Bréfritari: Soffía Daníelsdóttir
Viðtakandi: Jakobína Magnúsdóttir og Daníel Halldórsson
Dagsetning: A-1887-10-21
Skrifað á: Reykjavík  Gull.
Soffía var dóttir Jakobínu og Daníels

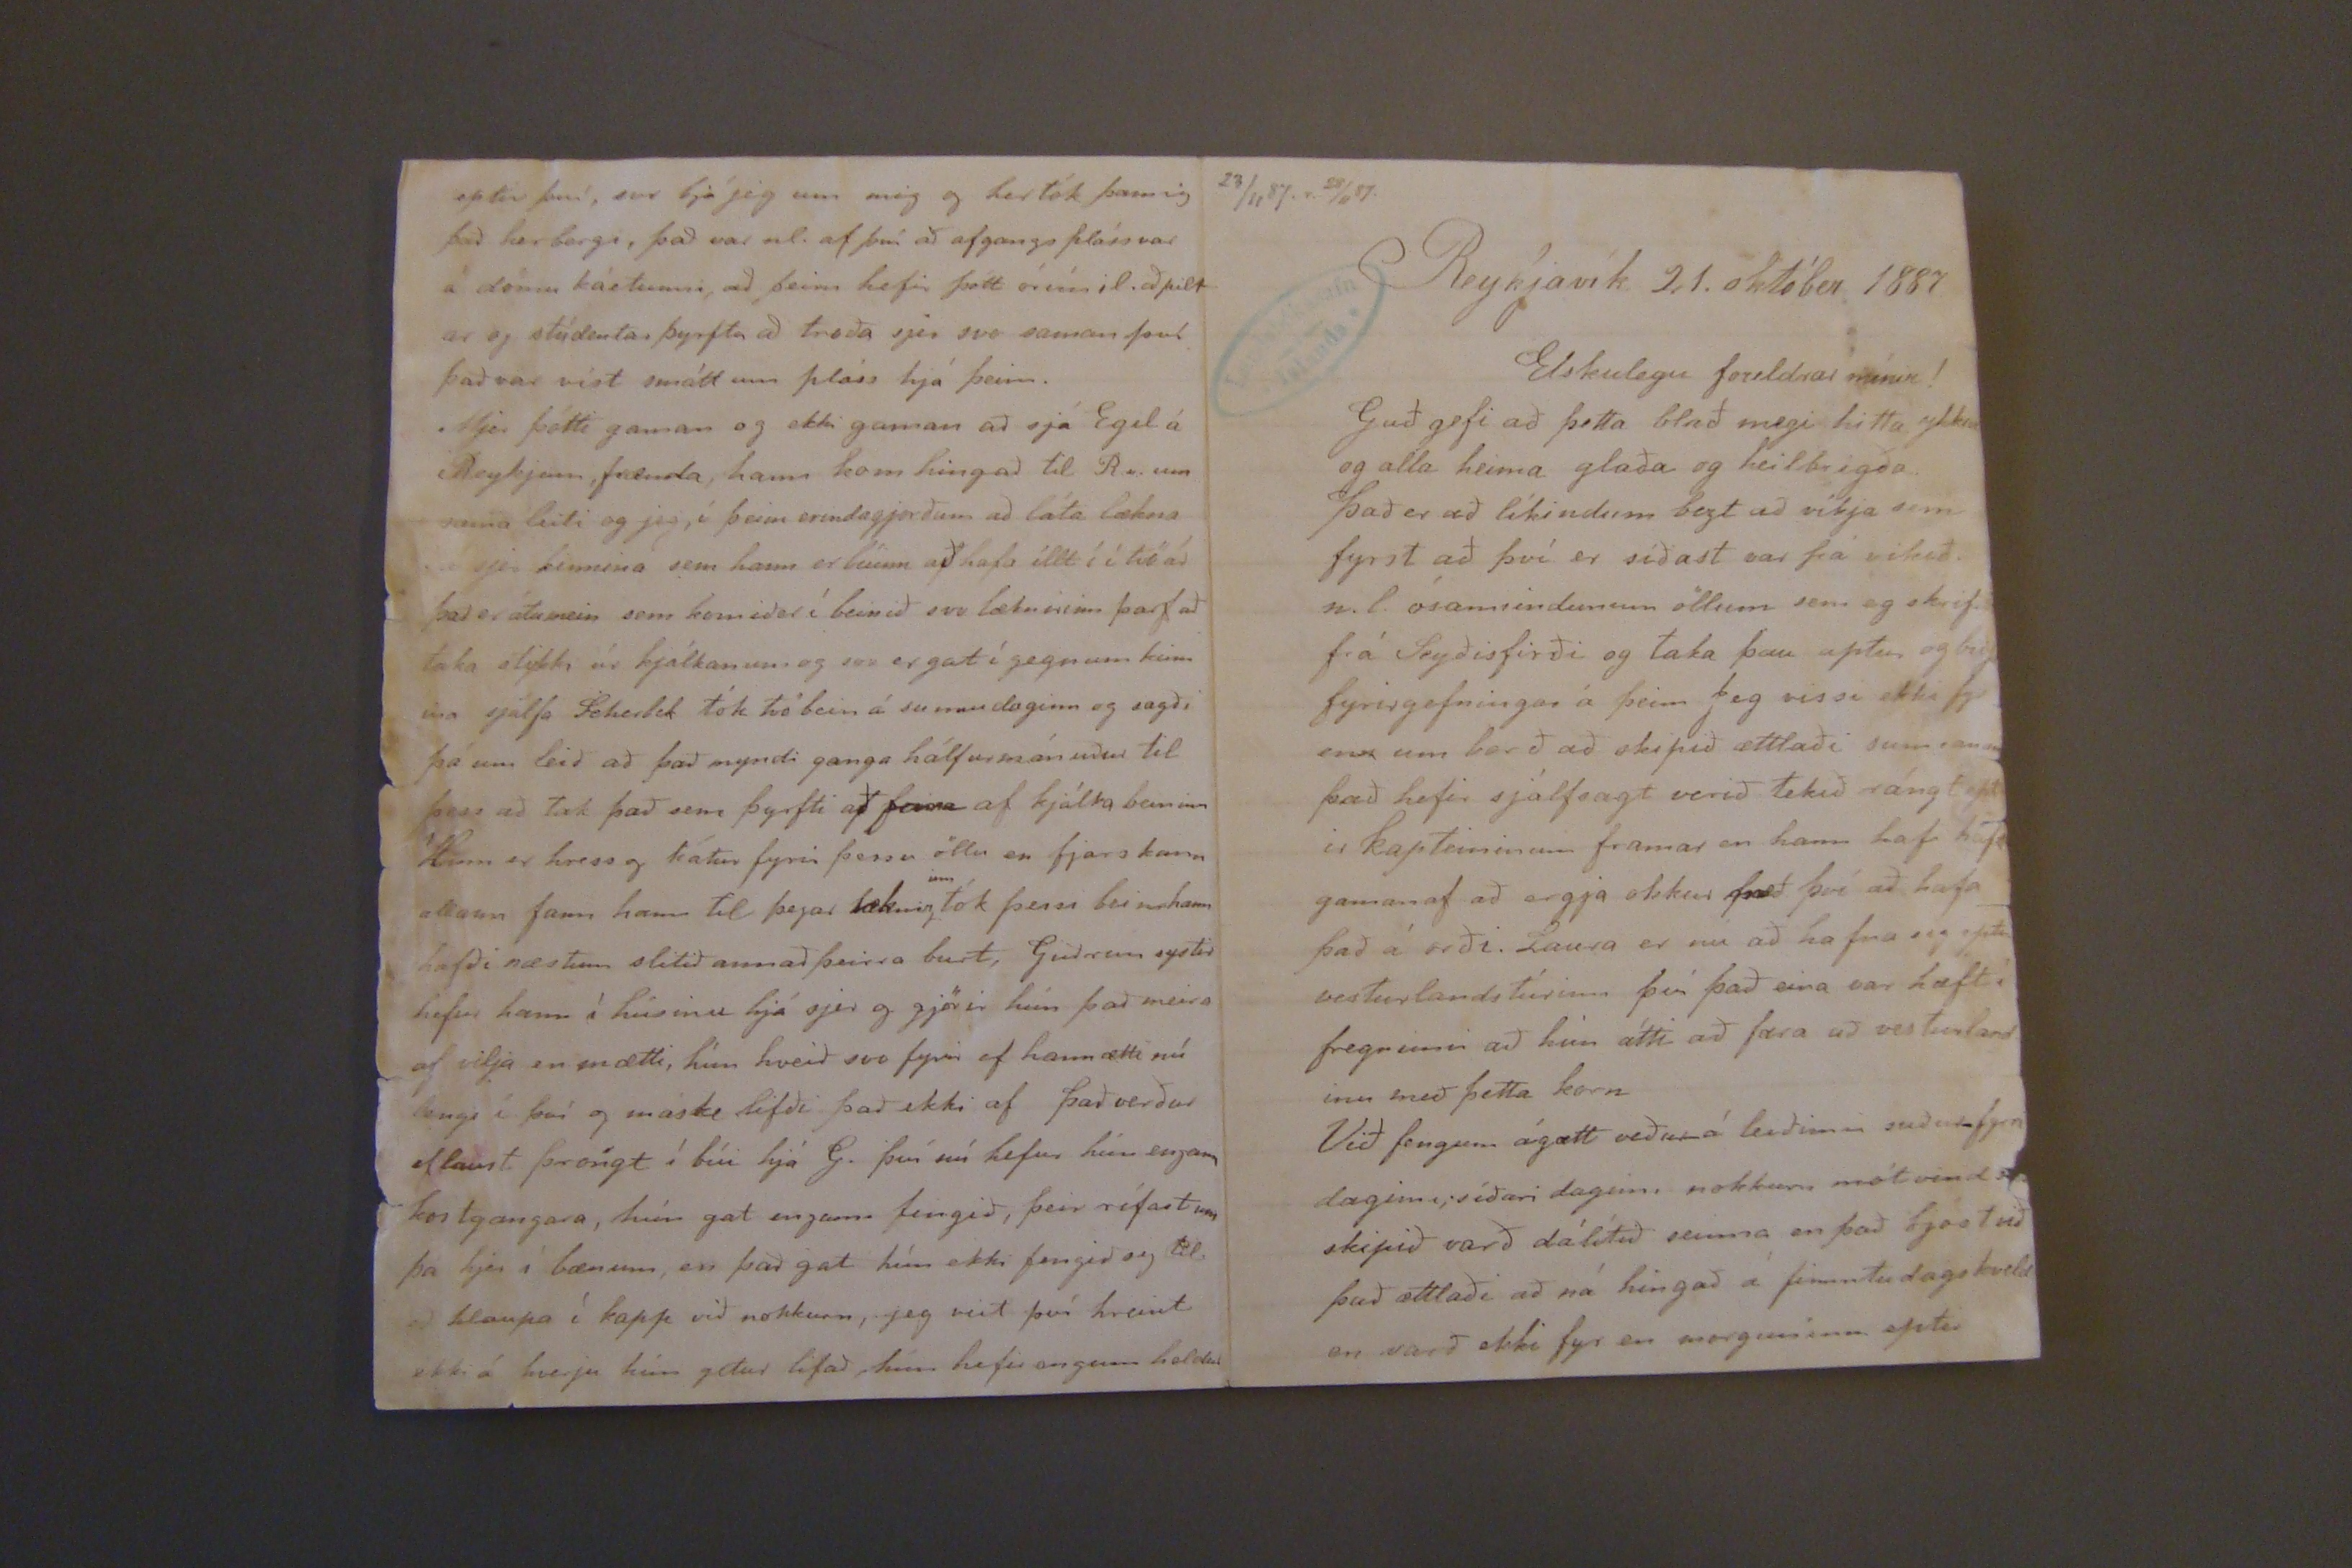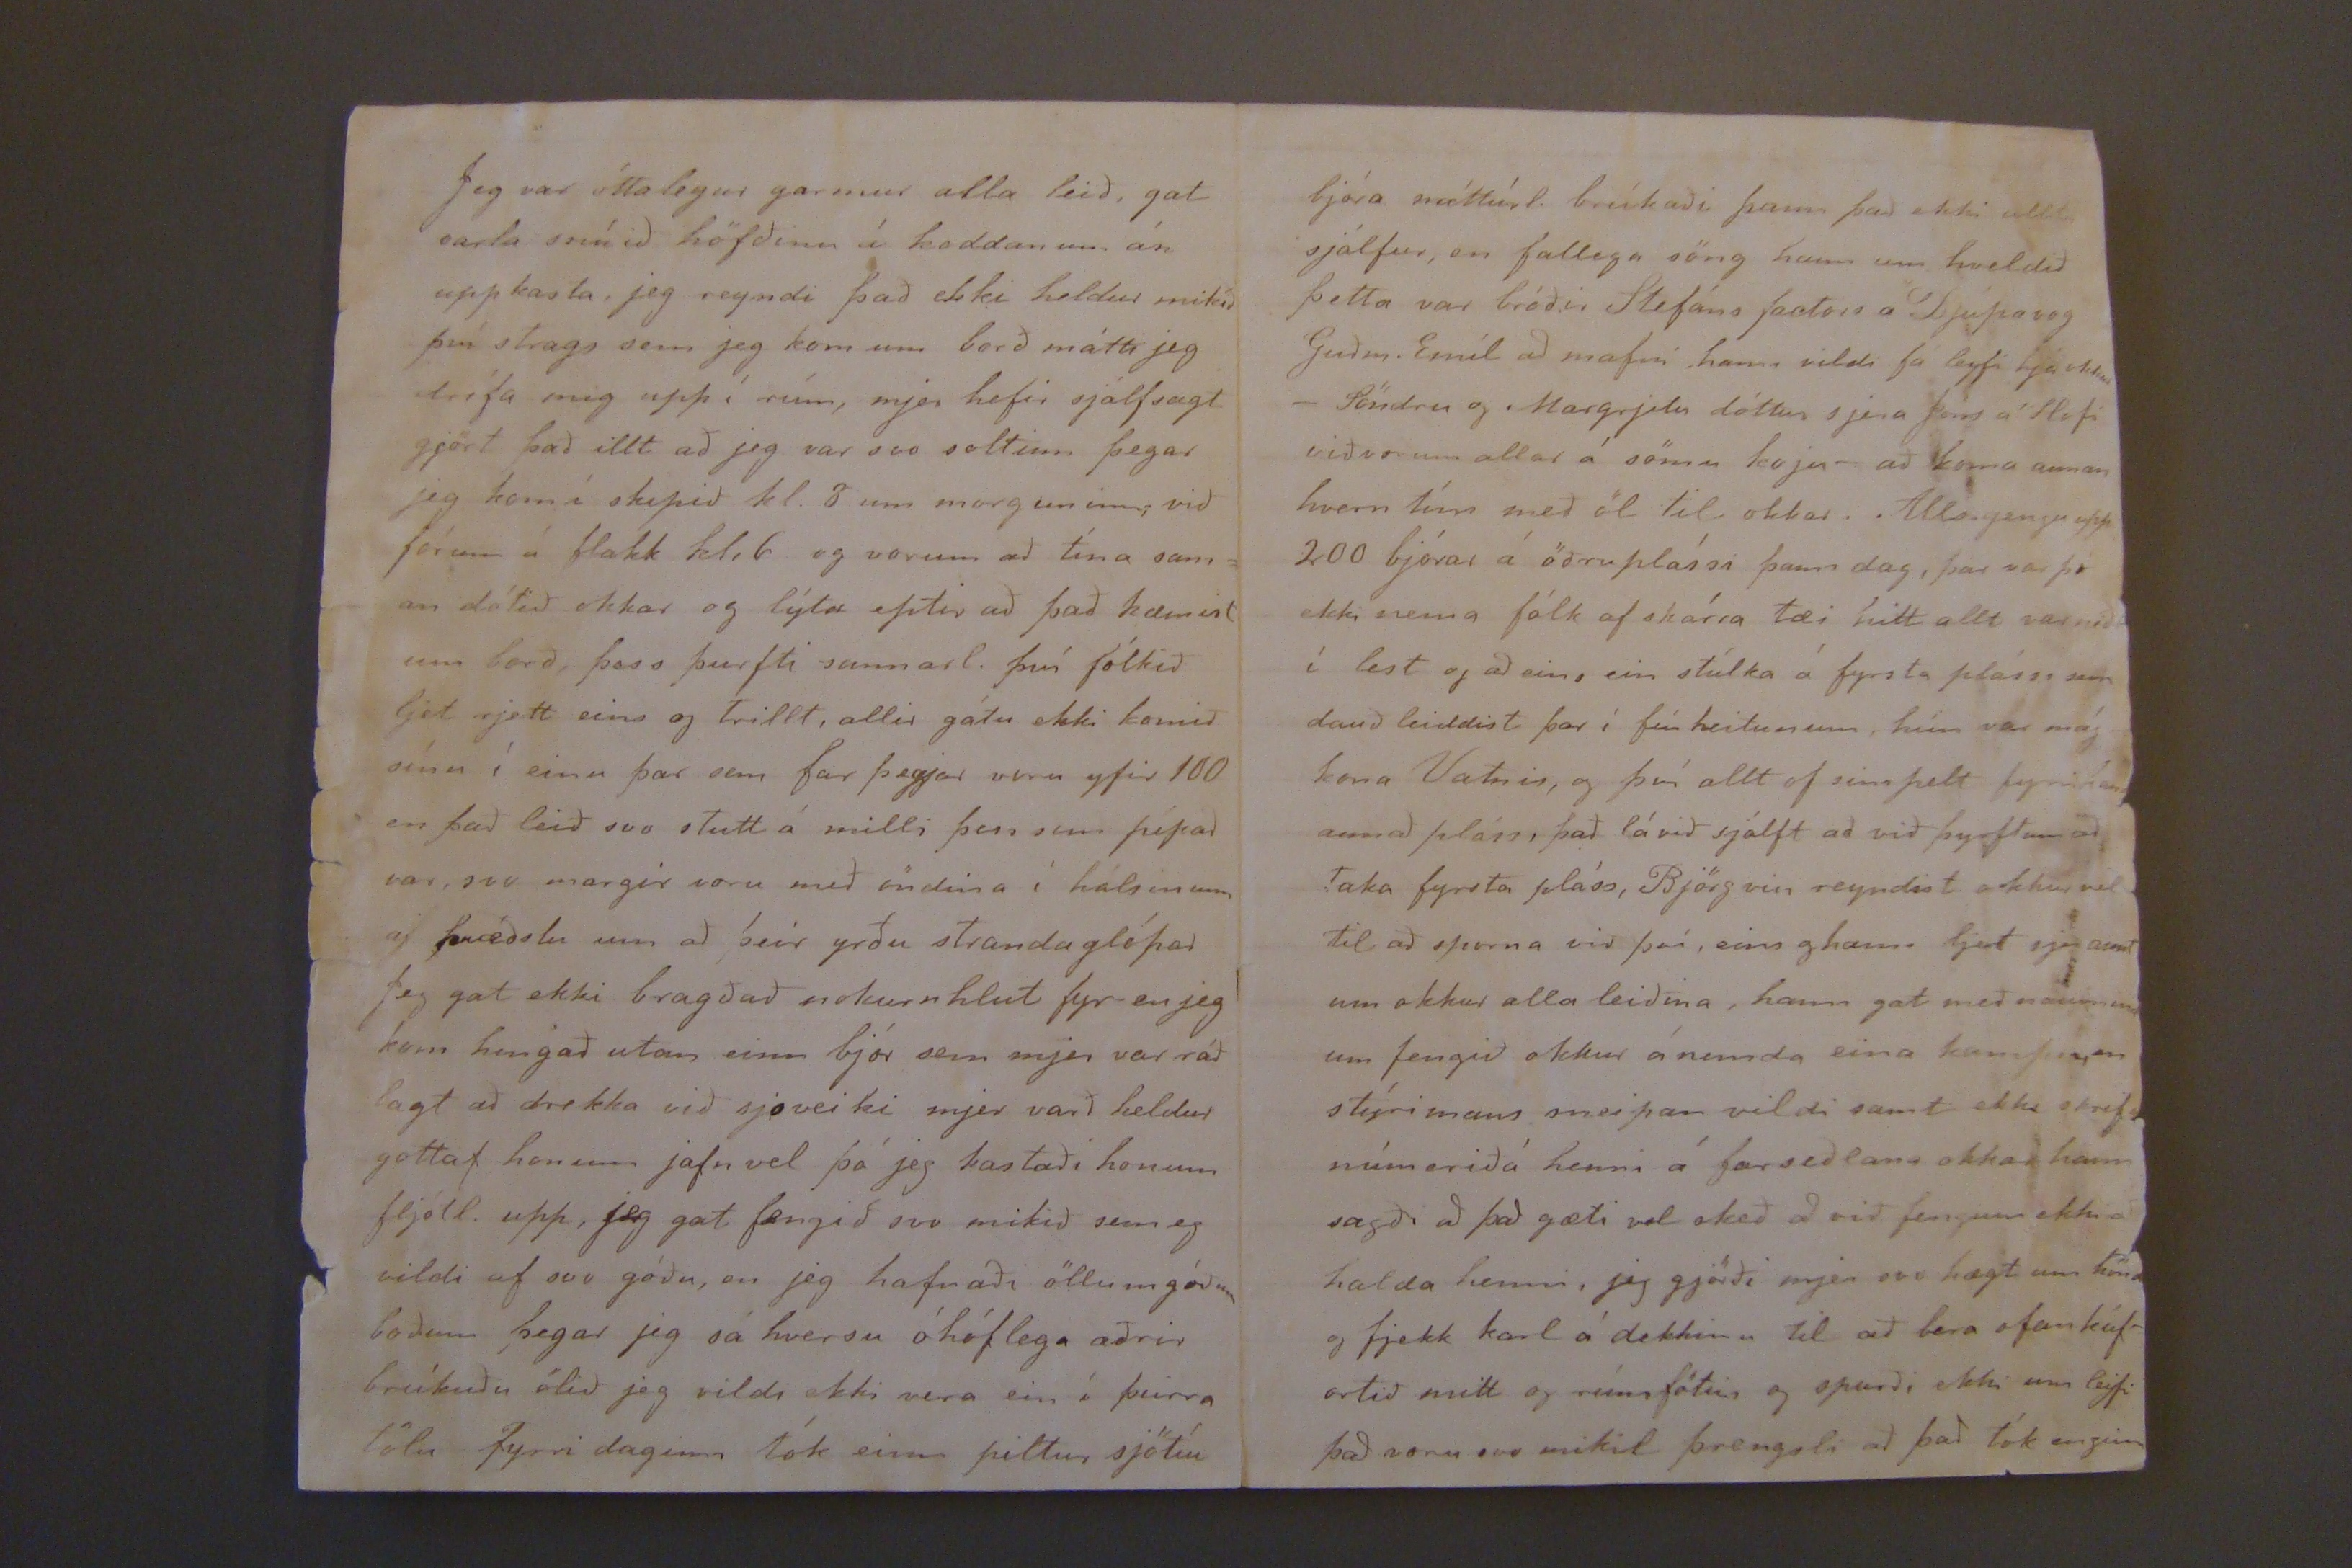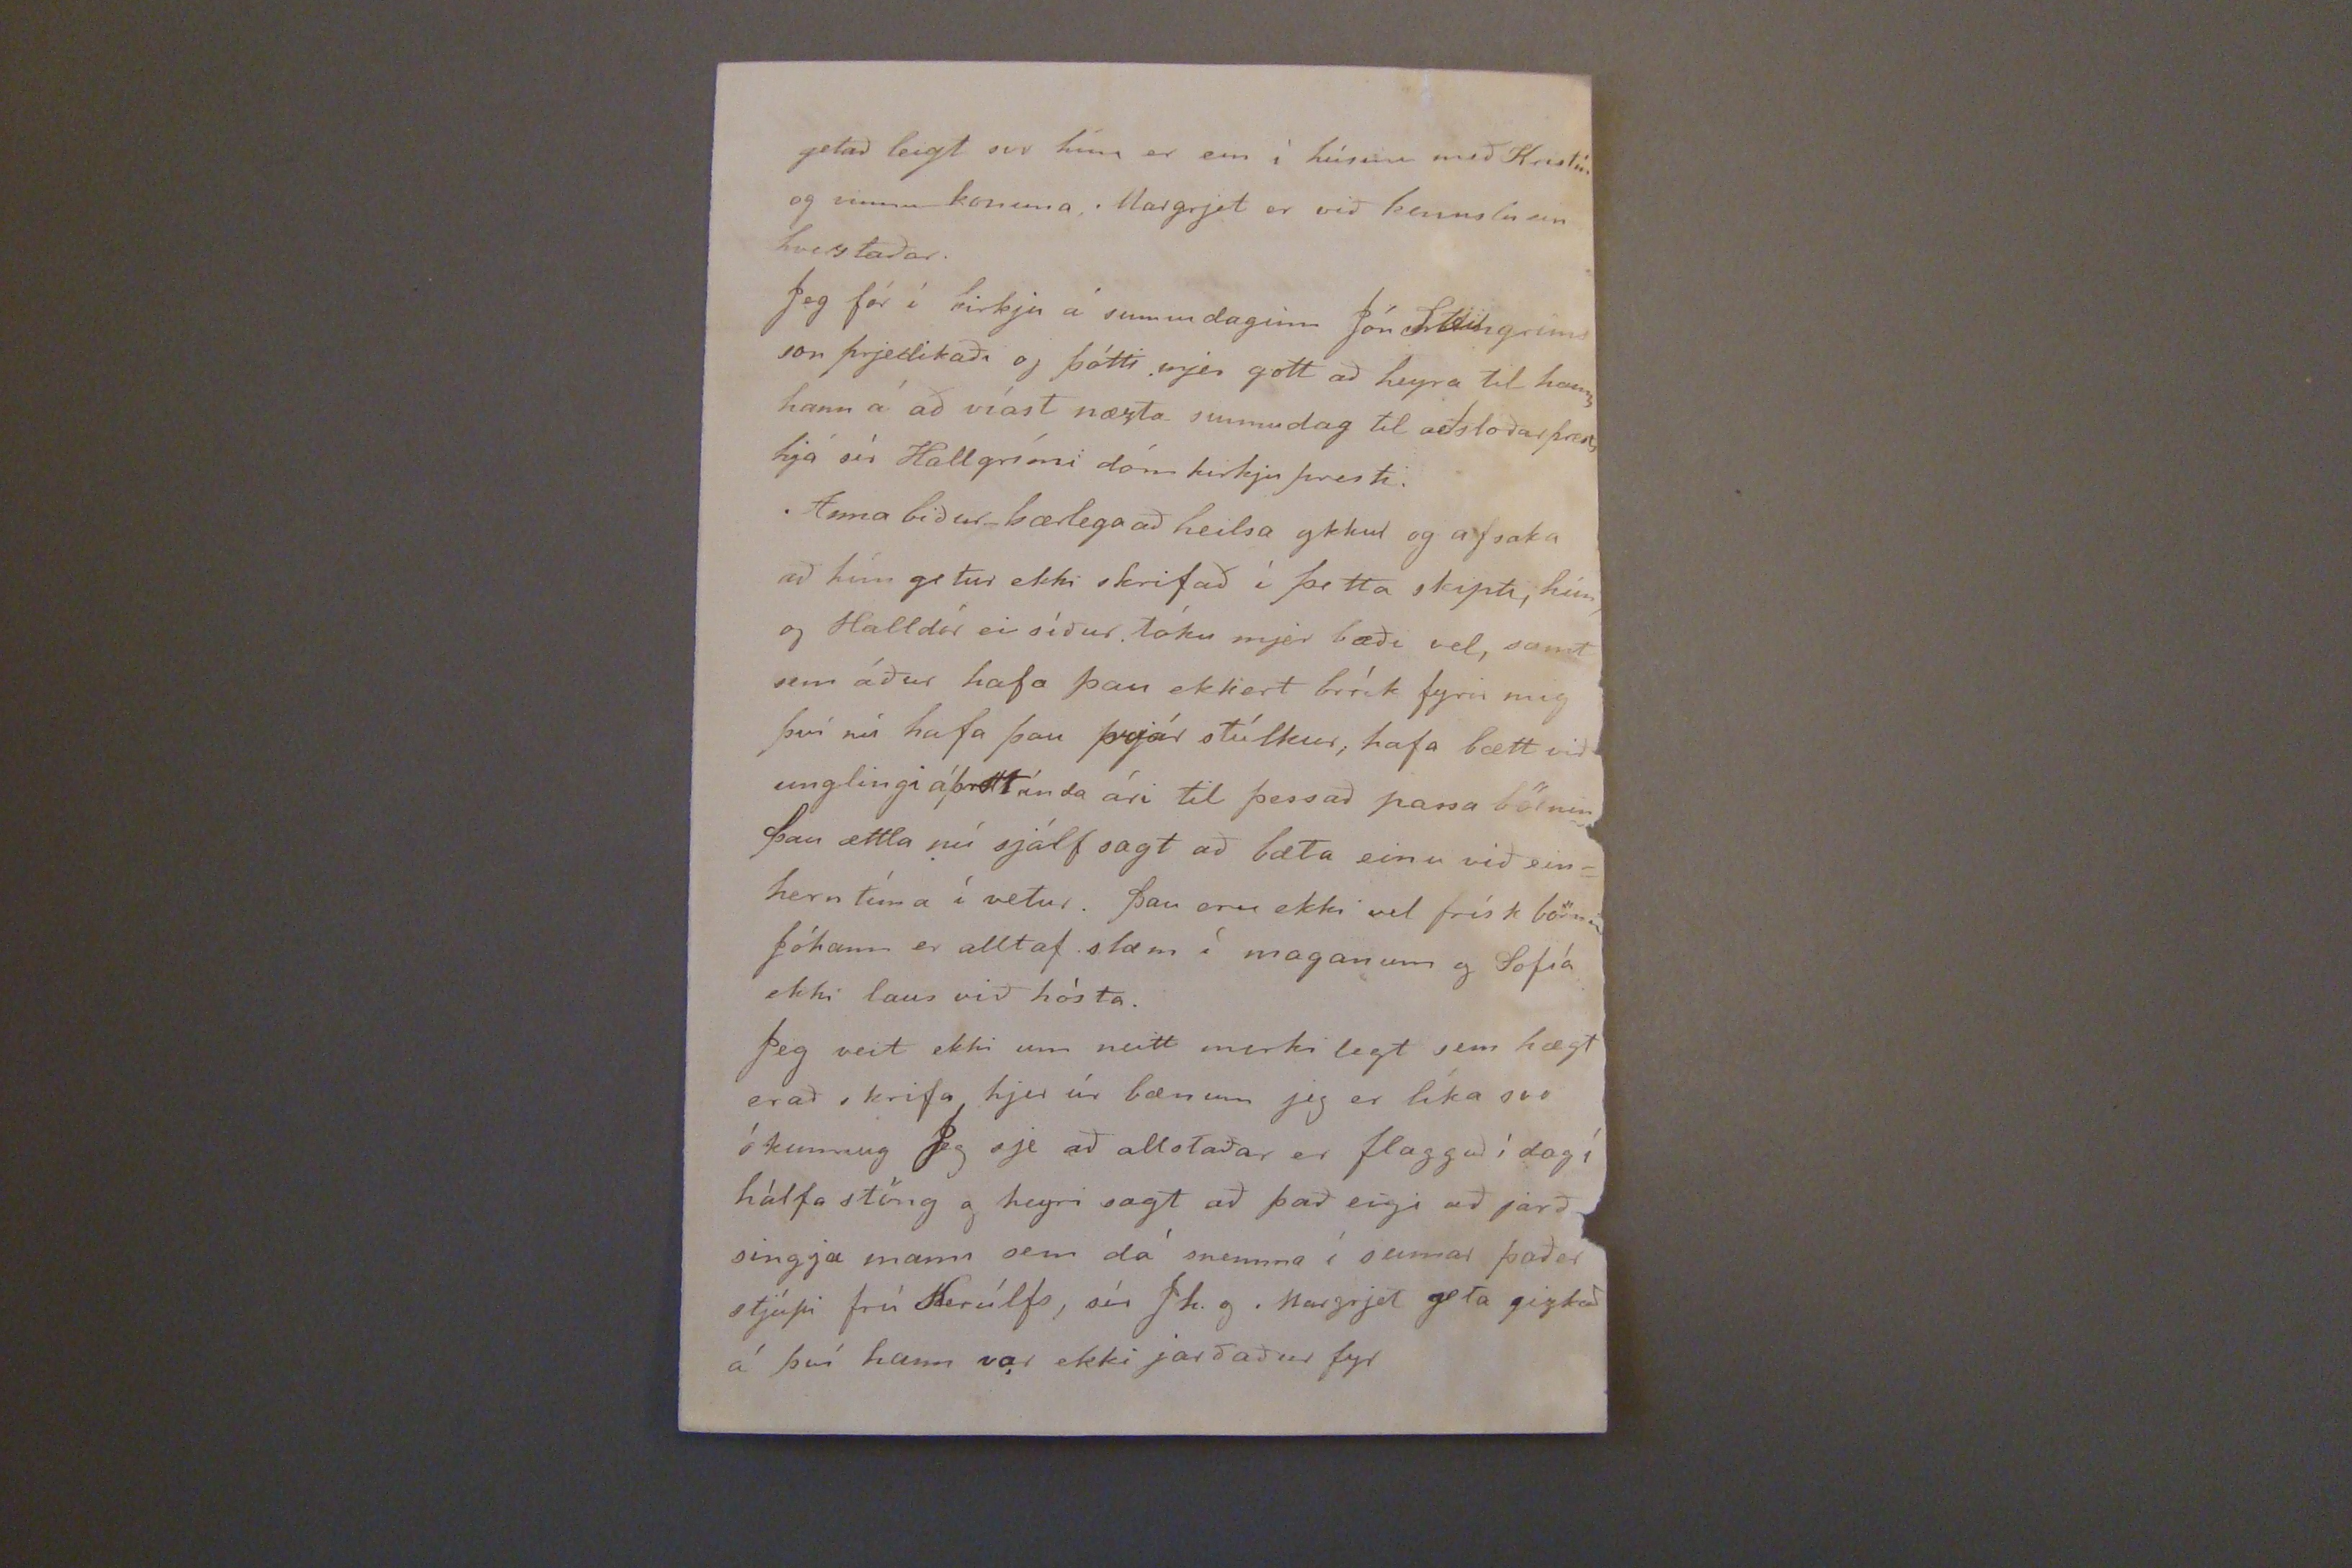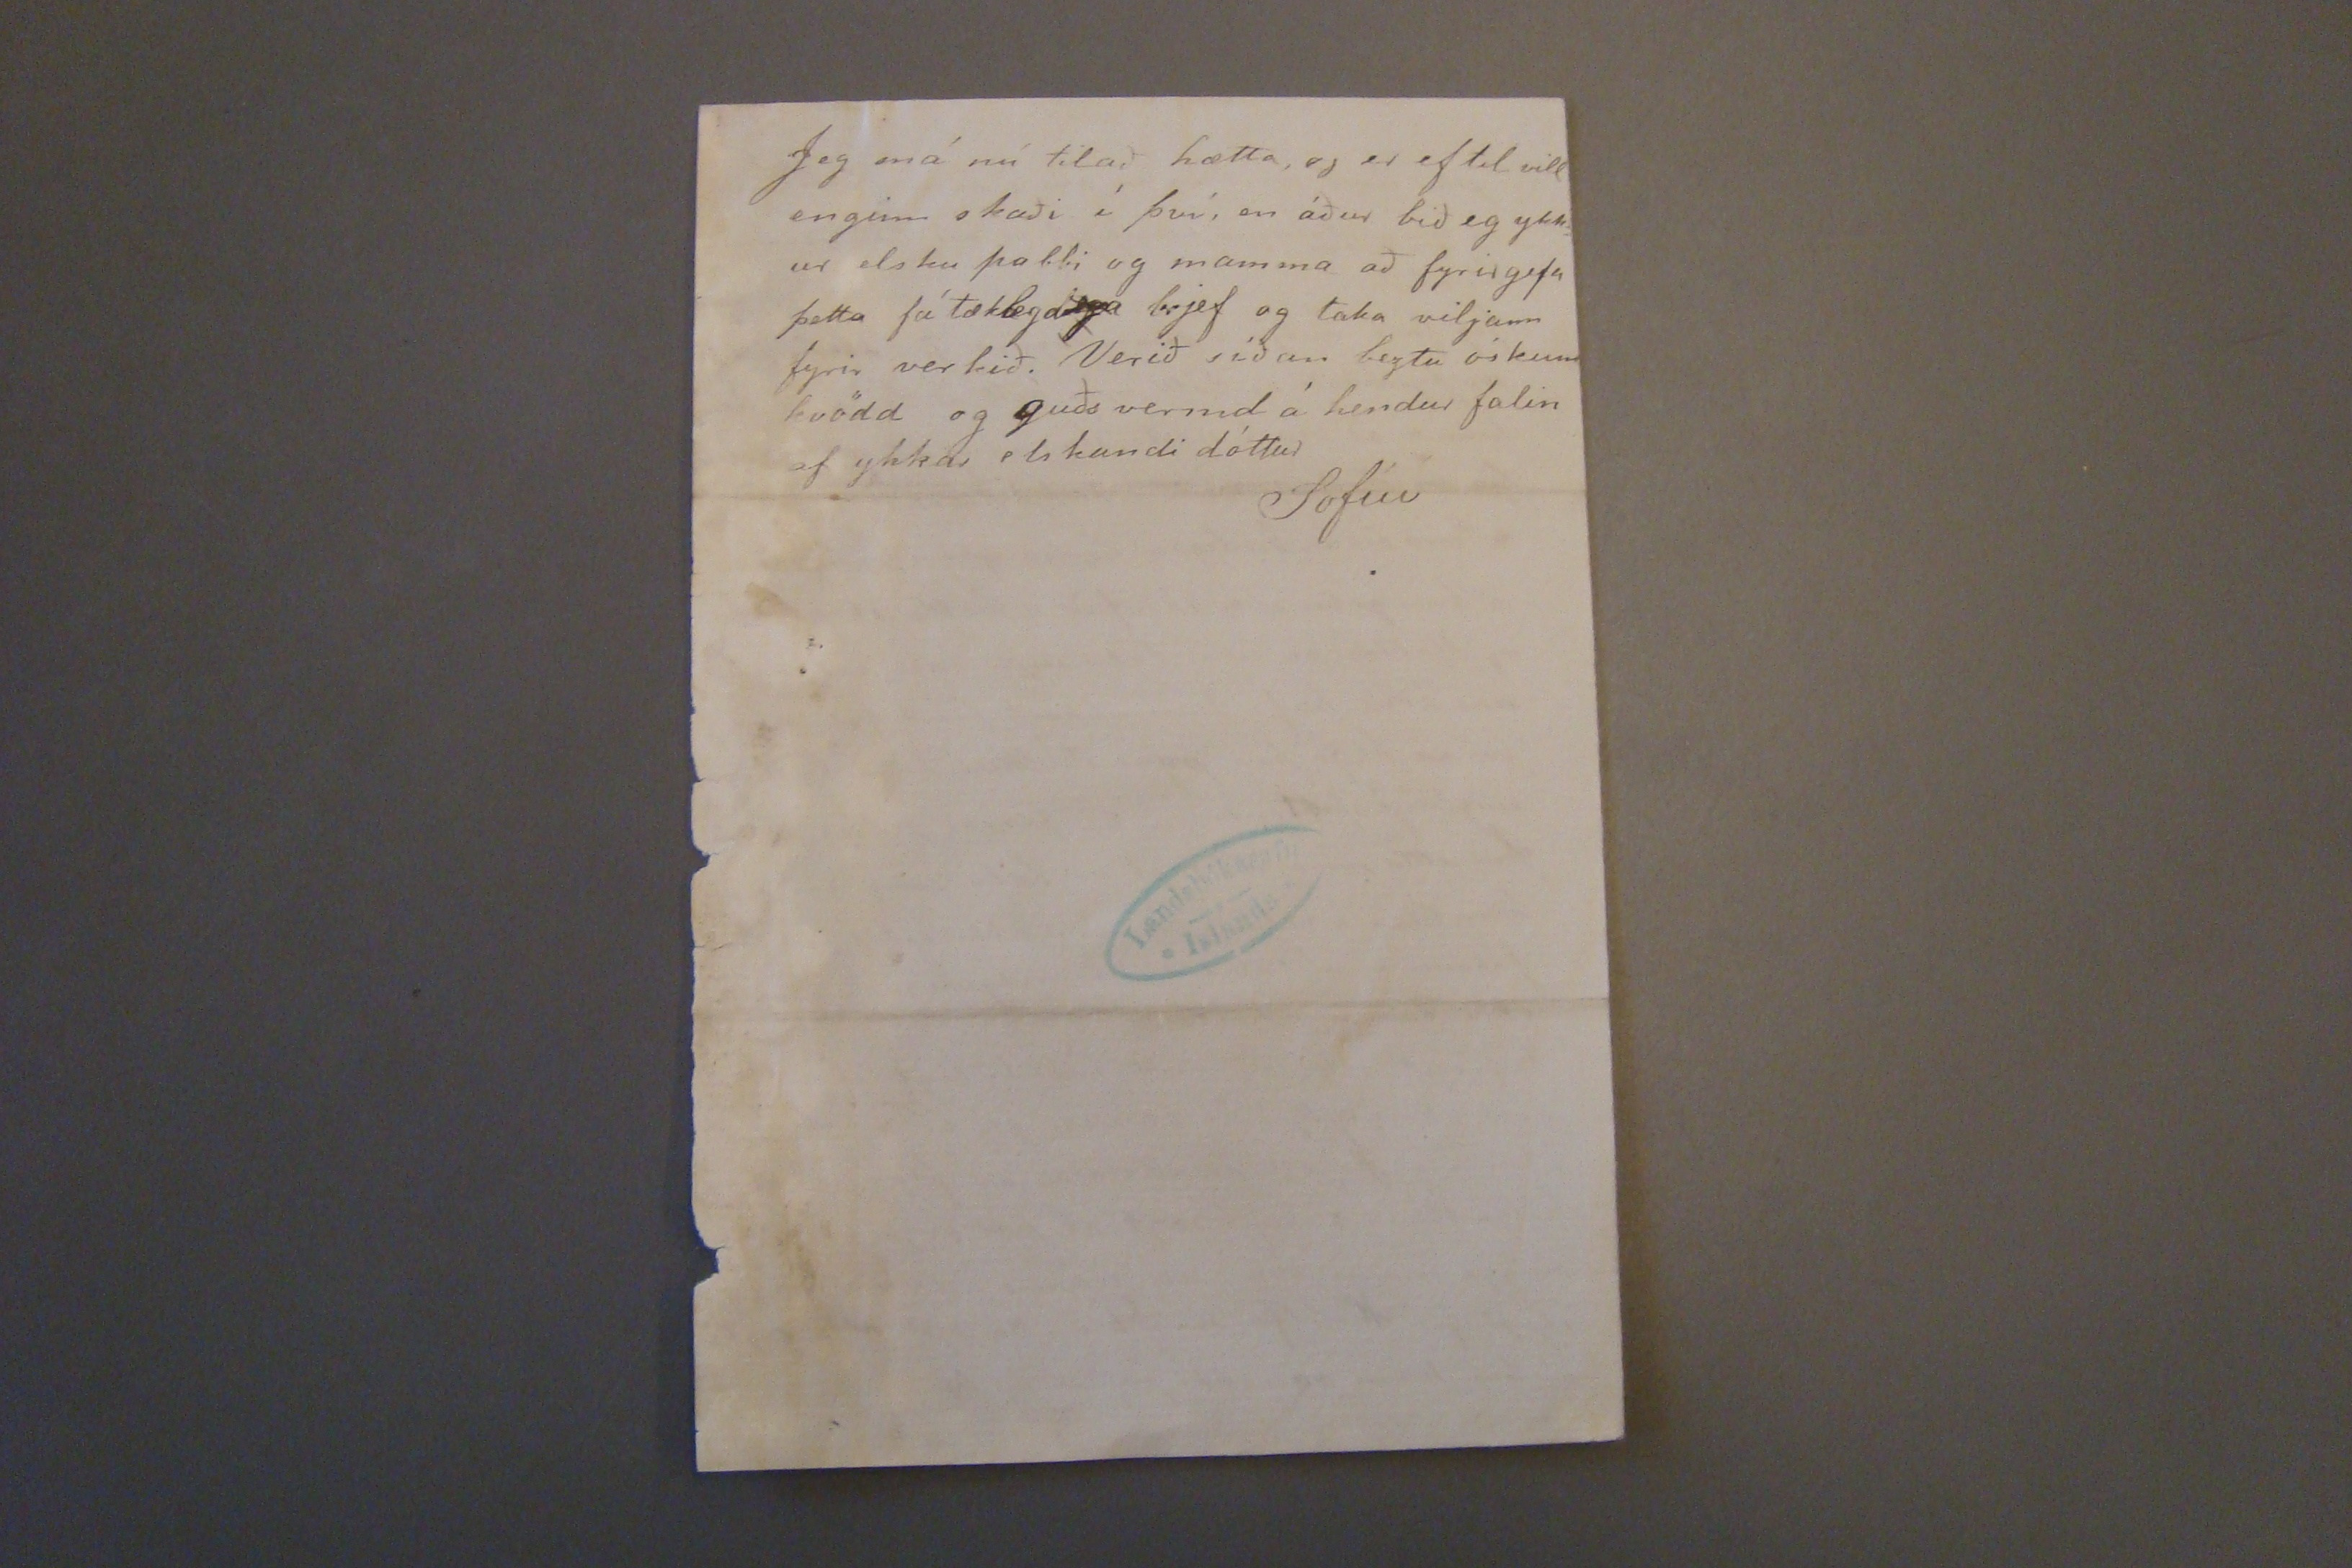

23/11 87.1 28/1187.
Reykjavík 21. október 1887
Elskulegu foreldrar mínir!
Guð gefi að þetta blað megi hitta ykkur og alla heima glaða og heilbrigða. Það er að líkingum bezt að víka sem fyrst að því er síðast var frá vikað. n.l. ósamsindunum öllum sem og skrifi frá Seyðisfirði og taka þau aptur og biðja fyrirgefningar á þeim Jeg vissi ekki fyr enn um borð að skipið ættlaði sunnanm það hefir sálfsagt verið tekið rángt epti ir kapteininum framar en hann haf haf gamanaf að ergja okkur
fræð
því að hafa það á siði. Laura er nú að hafna sig eptir vestur lands túrinn því það eina var hæft í fregninu að hún átti að færa að vesturland inu með þetta korn
Við fengum ágætt veður á leiðinni suður, fyrri daginn; síðari daginn nokkurn mót vind svo skipið varð dálítið seinna en það bjóst við það ættlaði að ná hingað á fimmtu dagskveld en varð ekki fyr en morguninn eptir
Jeg var óttalegur garníur alla leið, gat varla snúið höfðinu á koddanum án uppkasta, eg reyndi það ekki heldur mikið því strags sem jeg kom um borð mátti eg drífa mig upp í rúm, mjer hefir sjálfsagt gjört það illt að jeg var svo soltinn þegar jeg kom í skipið kl. 8 um morguninn, við fórum á flakk kl. 6 og vorum að tína saman dótið okkar og lýta eptir að það komist um borð, þess þurfti sannarl. þvi fólkið ljet rjett eins og tröllt, allir gátu ekki komið sínu í einu þar sem far þegjar voru yfir 100 en það leið svo stutt á milli þessum pípað var, svo margir voru með öndina í hálsinum af hræðslu um að þeir yrðu strandaglópar Jeg gat ekki bragðað nokurnhlut fyr en jeg kom hingað utan einn bjór sem mjer var ráð lagt að drekka við sjoveiki mjer varð heldur gottaf honum jafnvel þó jeg kastaði honum fljótt upp, jeg gat fengið svo mikið sem eg vildi af svo góðu, en jeg hafnaði öllum góðum boðum þegar jeg sá hversu óðohóflega aðrir brúkuðu ölið jeg vildi ekki vera ein í þeirra tölu fyrri daginn tók einn piltur sjötíu
eptir því, svo bjó jeg um mig og hertók þannig það herbergi, það var nl. af því að afgangs pláss var á domu káetunni, að þeim hefir þótt
órímil.
að pilt ar og stúdentar þyrftu að troða sjer svo saman því það var víst smátt um pláss hjá þeim.
Hjer þótti gaman og ekki gaman að sjá Egil á Reykjum frænda, hann kom hingað til Rv. um sama leiti og jeg, í þeim erindagjorðum að láta lækna sje kinnina sem hann er búinn að hafa íllt í í tvö ár það er
átumein
sem komiðer í beinið sem læknirinn þarf að taka stykki úr kjálkanum og svo er gat í gegnum kinn ina sjálfa Feherlek tók tvö bein á sunnudaginn og sagði þá um leið að það myndi ganga háflur mánuður til þess að Tak það sem þyrfti að þenna af kjálka beininu Hann er hress og kátur fyrir þessu öllu en fjars kann allann fann hann til þegar læknir
inni
tók þessi bein hann hafði næstum slitið annað þeirra burt, Guðrun systir hefir hann í húsinu hjá sjer og gjörir hún það meira af vilja en mætti, hún hveið svo fyrir ef hann ætti nú lengi í því og maske lifði það ekki af það verður eflaust þröngt í búi hjá G. því nú hefur hún engann kostgangara; hún gat engann feingið, þeir rífast um þa her í bænum, en það gat hún ekki fengið og til að hlaupa í kapp við nokkurn, eg veit því hreint ekki á hverju hún getur lifað hún hefir engum heldur
bjóra náttúrl. brúkaði þann það ekki allt sjáflur, en fallega söng hann um hveldið þetta var bróðir Stefáns factors a Djúpavog Guðm. Emíl að mafni hann vildi fá leyfi hjá okkur - Söndru og Margretu dóttur sjera Þors á Hofi vidvorum allar á sömu koju- að koma annan hvern tím með öl til okkar. Alls gengu upp 200 bjórar á öðruplássi þann dag, þar var þó ekki nema fólk af skárra tæi hitt allt varniðri í lest og að eins ein stúlka á fyrsta plássi sem dauð leiddist þar í fín heitunum, hún var mág kona Vatnis, og því allt of sinspilt fyrri en annað pláss, það lá við sjálft að við þyrftum að taka fyrsta pláss, Björg vin reyndist okkur vel Til að sporna við því, eins g hann hjet sjer aumt um okkur alla leiðina, hann gat með mannind um feingið okkur á nemda eina kompu, en stýri mans meipar vildi samt ekki skrifa númeriðá henni á farseðlana okkar hann sagði að það gæti vel skeð að við fengum ekki að halda henni, jeg gjörði mjer svo hægt um hönd og fjekk karl á dekkinu til að bera ofan kófortið mitt og rúmfötin og spurði ekki um leyfi það voru svo mikil þrengsli að það tók enginn
getað leigt svo hún er ein í húsinu með Kristín og vinnu konuna. Margrjet er við kennslu ein hverstaðar.
Jeg fór í kirku á sunnudaginn Jón gríms son prjedikaði og þótti mjer gott að heyra til honum hann á að víast næzta sunnudag til aðstoðarprest hjá sír Hallgrími dómkirkjupresti.
Anna biður kærlega að heisa ykkur og afsaka að hún getur ekki skrifað í þetta skipti, hún og Halldór ei síður. tóku mjer bæði vel, samt sem áður hafa þau ekkert
brík
fyrir mig því nú hafa þau þrjár stúlkur, hafa bætt við unglingi áþretánda ári til þess að passa börnin þau ættla nú sjálf sagt að bæta einu við einhverntíma í vetur. þau eru ekki vel frísk börnin Jóhann er alltaf slæm í maganum og Sofía ekki laus við hósta.
Jeg veit ekki neitt merki legt sem hægt er að skrifa hjer úr bænum jeg er líka svo ó kunnug Jeg sje að allstaðar er flaggað í dag í hálfa stöng og heyri sagt að það eigi að jarð singja mann sem dá snemma í sumar þaðer stjúpi frú Herúlfs, sér Sk. og Margrjet gæta gizkað á því hann var ekki jarðaður fyr
Jeg má nú tilað hætta, eg er ef til vill enginn skaði í því, en áður bið eg ykk ur elsku pabbi og mamma að fyrirgefa þetta fátæklega brjef og taka viljann fyrir verkið. Verið síðan beztu óskum kvödd og guðs vermd á hendur falin af ykkar elskandi dóttur
Sofíu